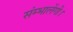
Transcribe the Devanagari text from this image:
संम्भालेंगी।